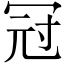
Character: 冠